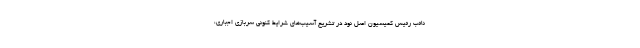
نائب رئیس کمیسیون اصل نود در تشریح آسیب‌های شرایط کنونی سربازی اجباری،